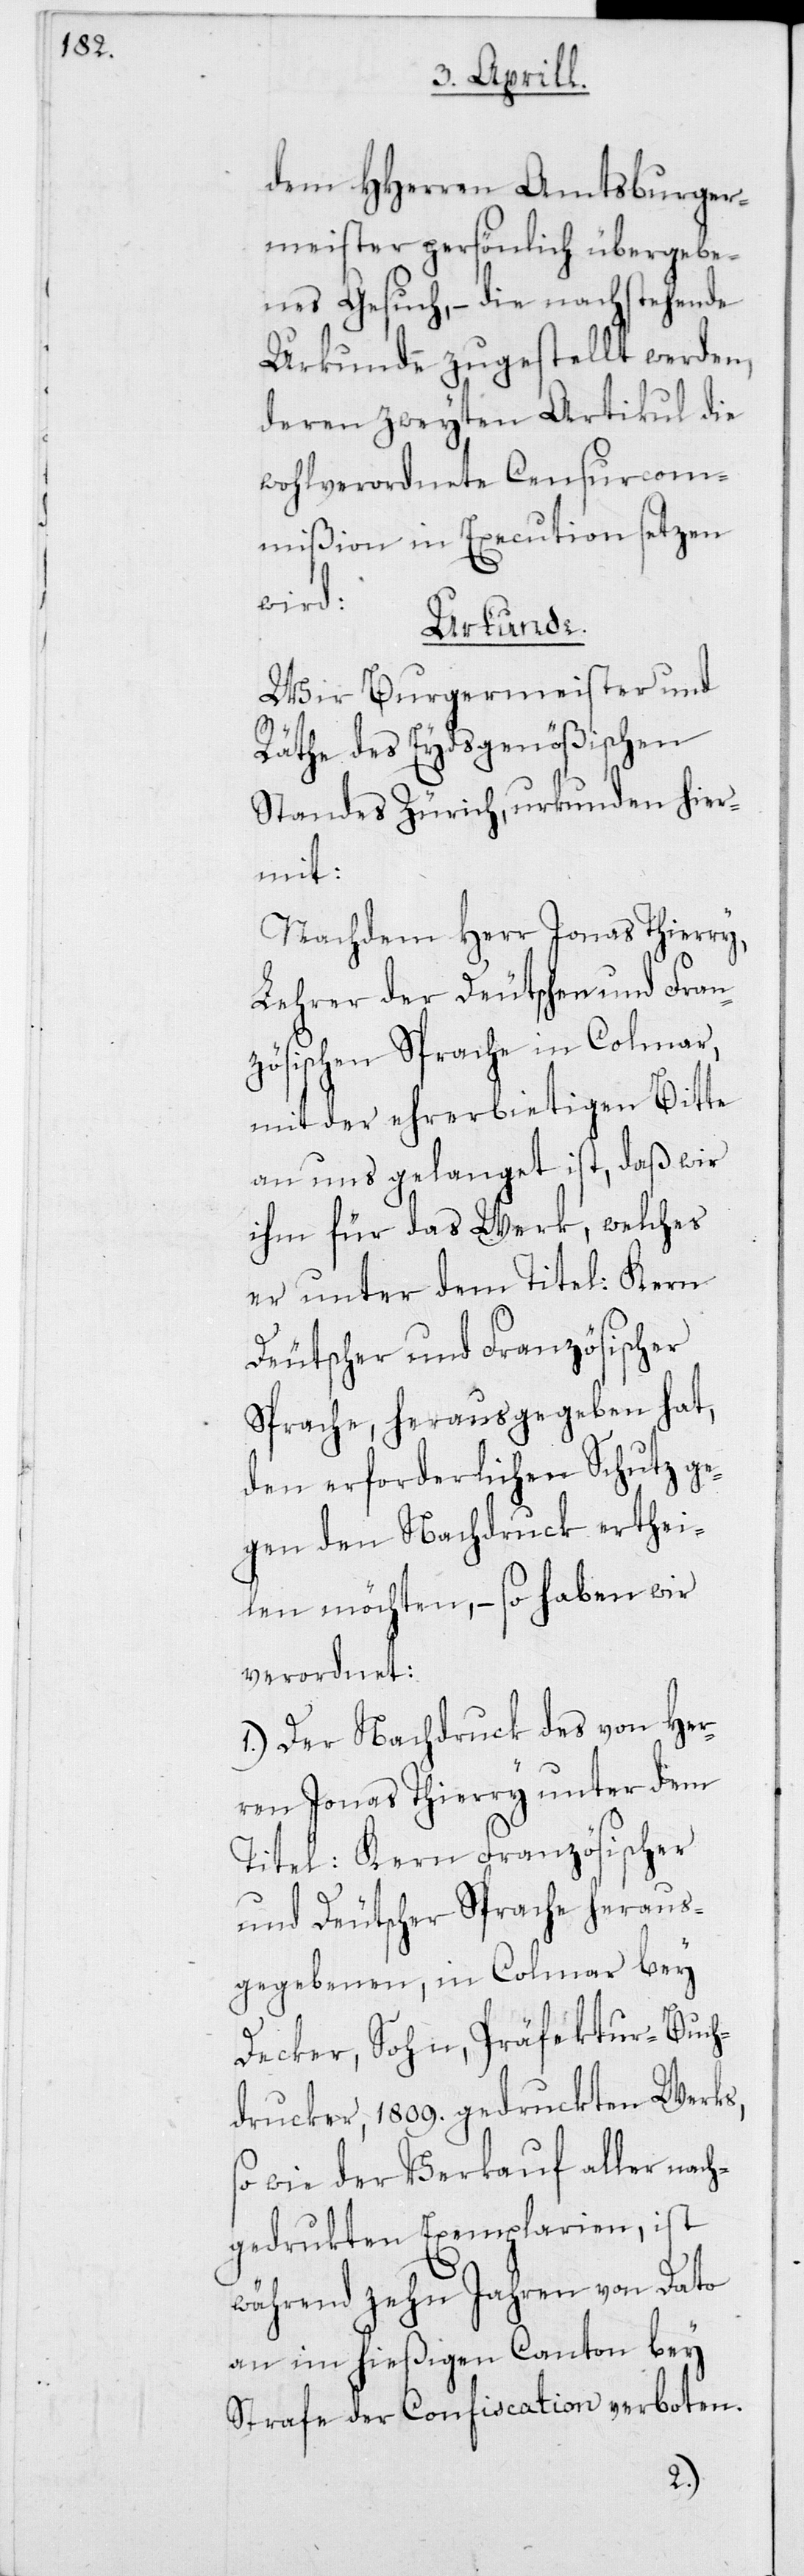
dem HHerren Amtsburger¬
meister persönlich übergebe¬
nes Gesuch, – die nachstehende
Urkunde zugestellt werden,
deren zweyten Artikul die
wohlverordnete Censurcom¬
mißion in Execution setzen
wird:
Urkunde.
Wir Burgermeister und
Räte des Eydsgenößischen
Standes Zürich urkunden hier¬
mit:
Nachdem Herr Jonas Thierry,
Lehrer der Deutschen und Fran¬
zösischen Sprache in Colmar,
mit der ehrerbietigen Bitte
an uns gelangt ist, daß wir
ihm für das Werk, welches
er unter dem Titel: Kern
Deutscher und Französischer
Sprache, herausgegeben hat,
den erforderlichen Schutz ge¬
gen den Nachdruck erthei¬
len möchten, – so haben wir
verordnet:
1. Der Nachdruck des von Her¬
ren Jonas Thierry unter dem
Titel: Kern Französischer
und Deutscher Sprache heraus¬
gegebenen, in Colmar bey
Decker, Sohn, Präfektur-Buch¬
drucker, 1809. gedruckten Werks,
sowie der Verkauf aller nach¬
gedrukten Exemplarien, ist
während zehn Jahren von Dato
an in hießigem Canton bey
Strafe der Confiscation verboten.